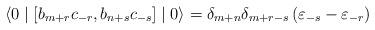
LaTeX: \begin{align*}\langle 0 \mid \left[ b_{m+r} c_{-r}, b_{n+s} c_{-s} \right]\mid 0 \rangle = {\delta}_{m+n} {\delta}_{m+r-s} \left({\varepsilon}_{-s} - {\varepsilon}_{-r} \right)\end{align*}